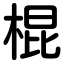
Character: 棍